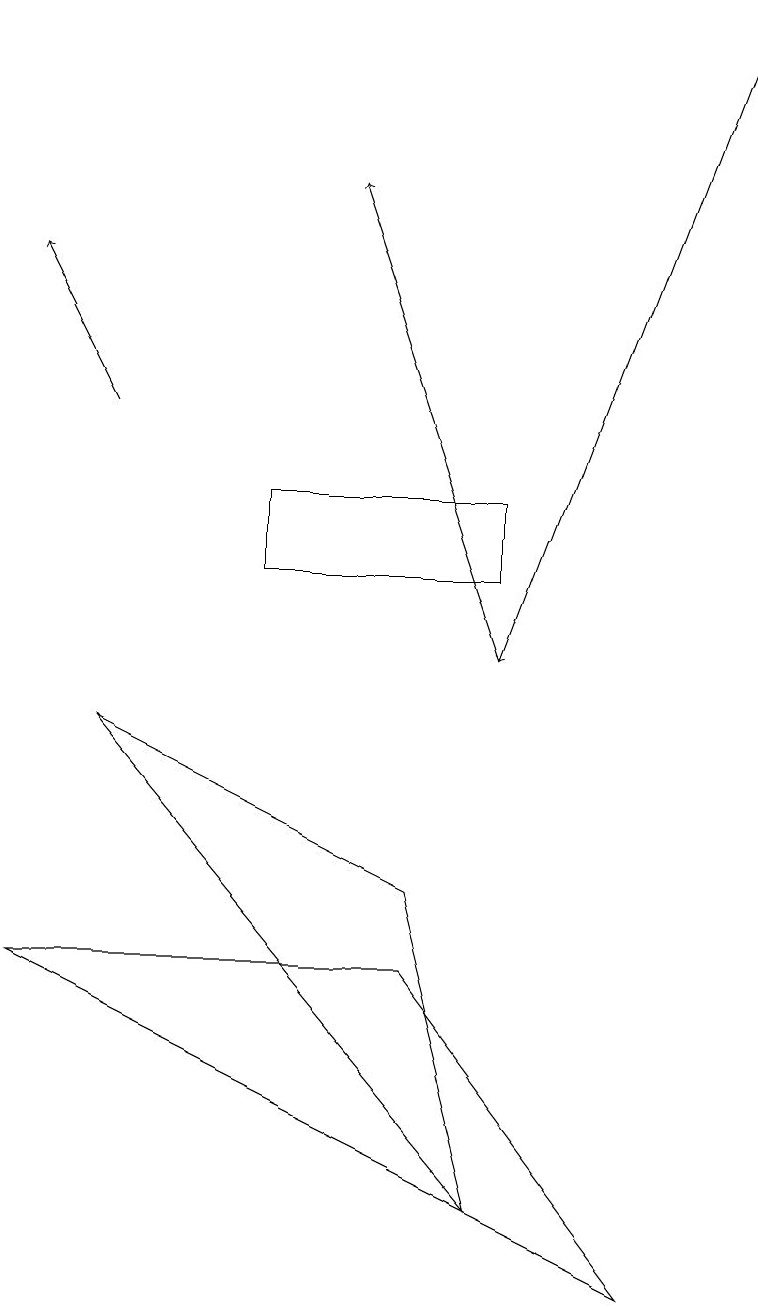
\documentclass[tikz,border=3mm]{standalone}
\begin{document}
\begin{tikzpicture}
\draw (6,11) rectangle (3,12);
\draw[->] (1,13) -- (0,15);
\draw (5,7) -- (1,9) -- (6,3) -- cycle;
\draw[->] (6,10) -- (4,16);
\draw (0,6) -- (8,2) -- (5,6) -- cycle;
\draw[->] (9,18) -- (6,10);
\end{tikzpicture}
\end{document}